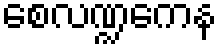
စေလဏ္ဍကေန